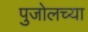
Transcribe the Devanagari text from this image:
पुजोलच्या